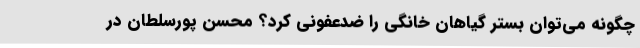
چگونه می‌توان بستر گیاهان خانگی را ضدعفونی کرد؟ محسن پورسلطان در